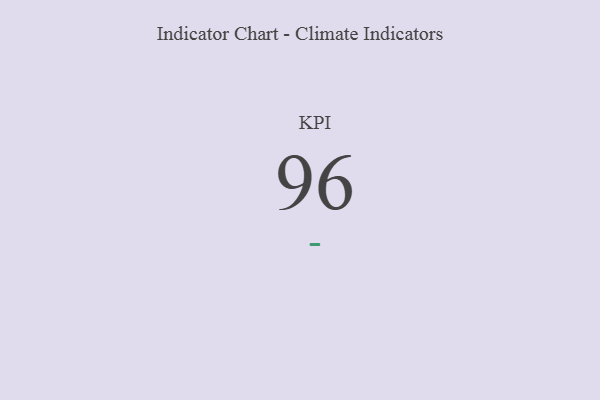
{"axis": {"x": "KPI", "y": "Value"}, "legend": [""], "data": [{"x": "KPI", "y": 96, "type": ""}]}